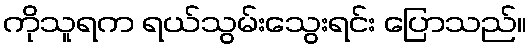
ကိုသူရက ရယ်သွမ်းသွေးရင်း ပြောသည်။